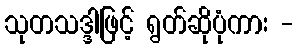
သုတသဒ္ဒါဖြင့် ရွတ်ဆိုပုံကား -